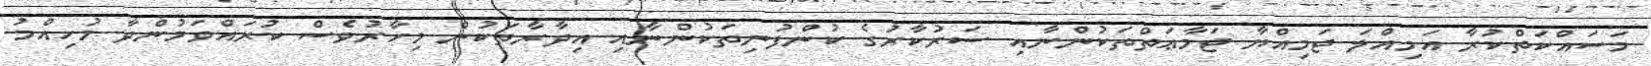
މަސައްކަތްކުރާ އަމިއްލަ ޖަމިއްޔާ ޖަމާޢަތްތަކުންނާއި ސަރުކާރުގެ ކުންފުނިތަކުންނާއި އިދާރާތަކުން މިހާރުވެސް ކުރައްވަމުންދާ މުހިއްމު